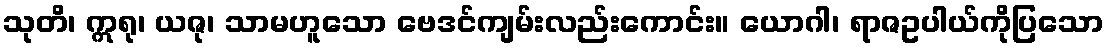
သုတိ၊ ဣရု၊ ယဇု၊ သာမဟူသော ဗေဒင်ကျမ်းလည်းကောင်း။ ယောဂါ၊ ရာဇဥပါယ်ကိုပြသော